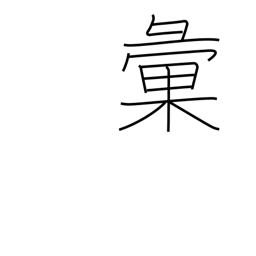
Meaning: classify